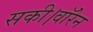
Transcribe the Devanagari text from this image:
सकी।वॉरेन